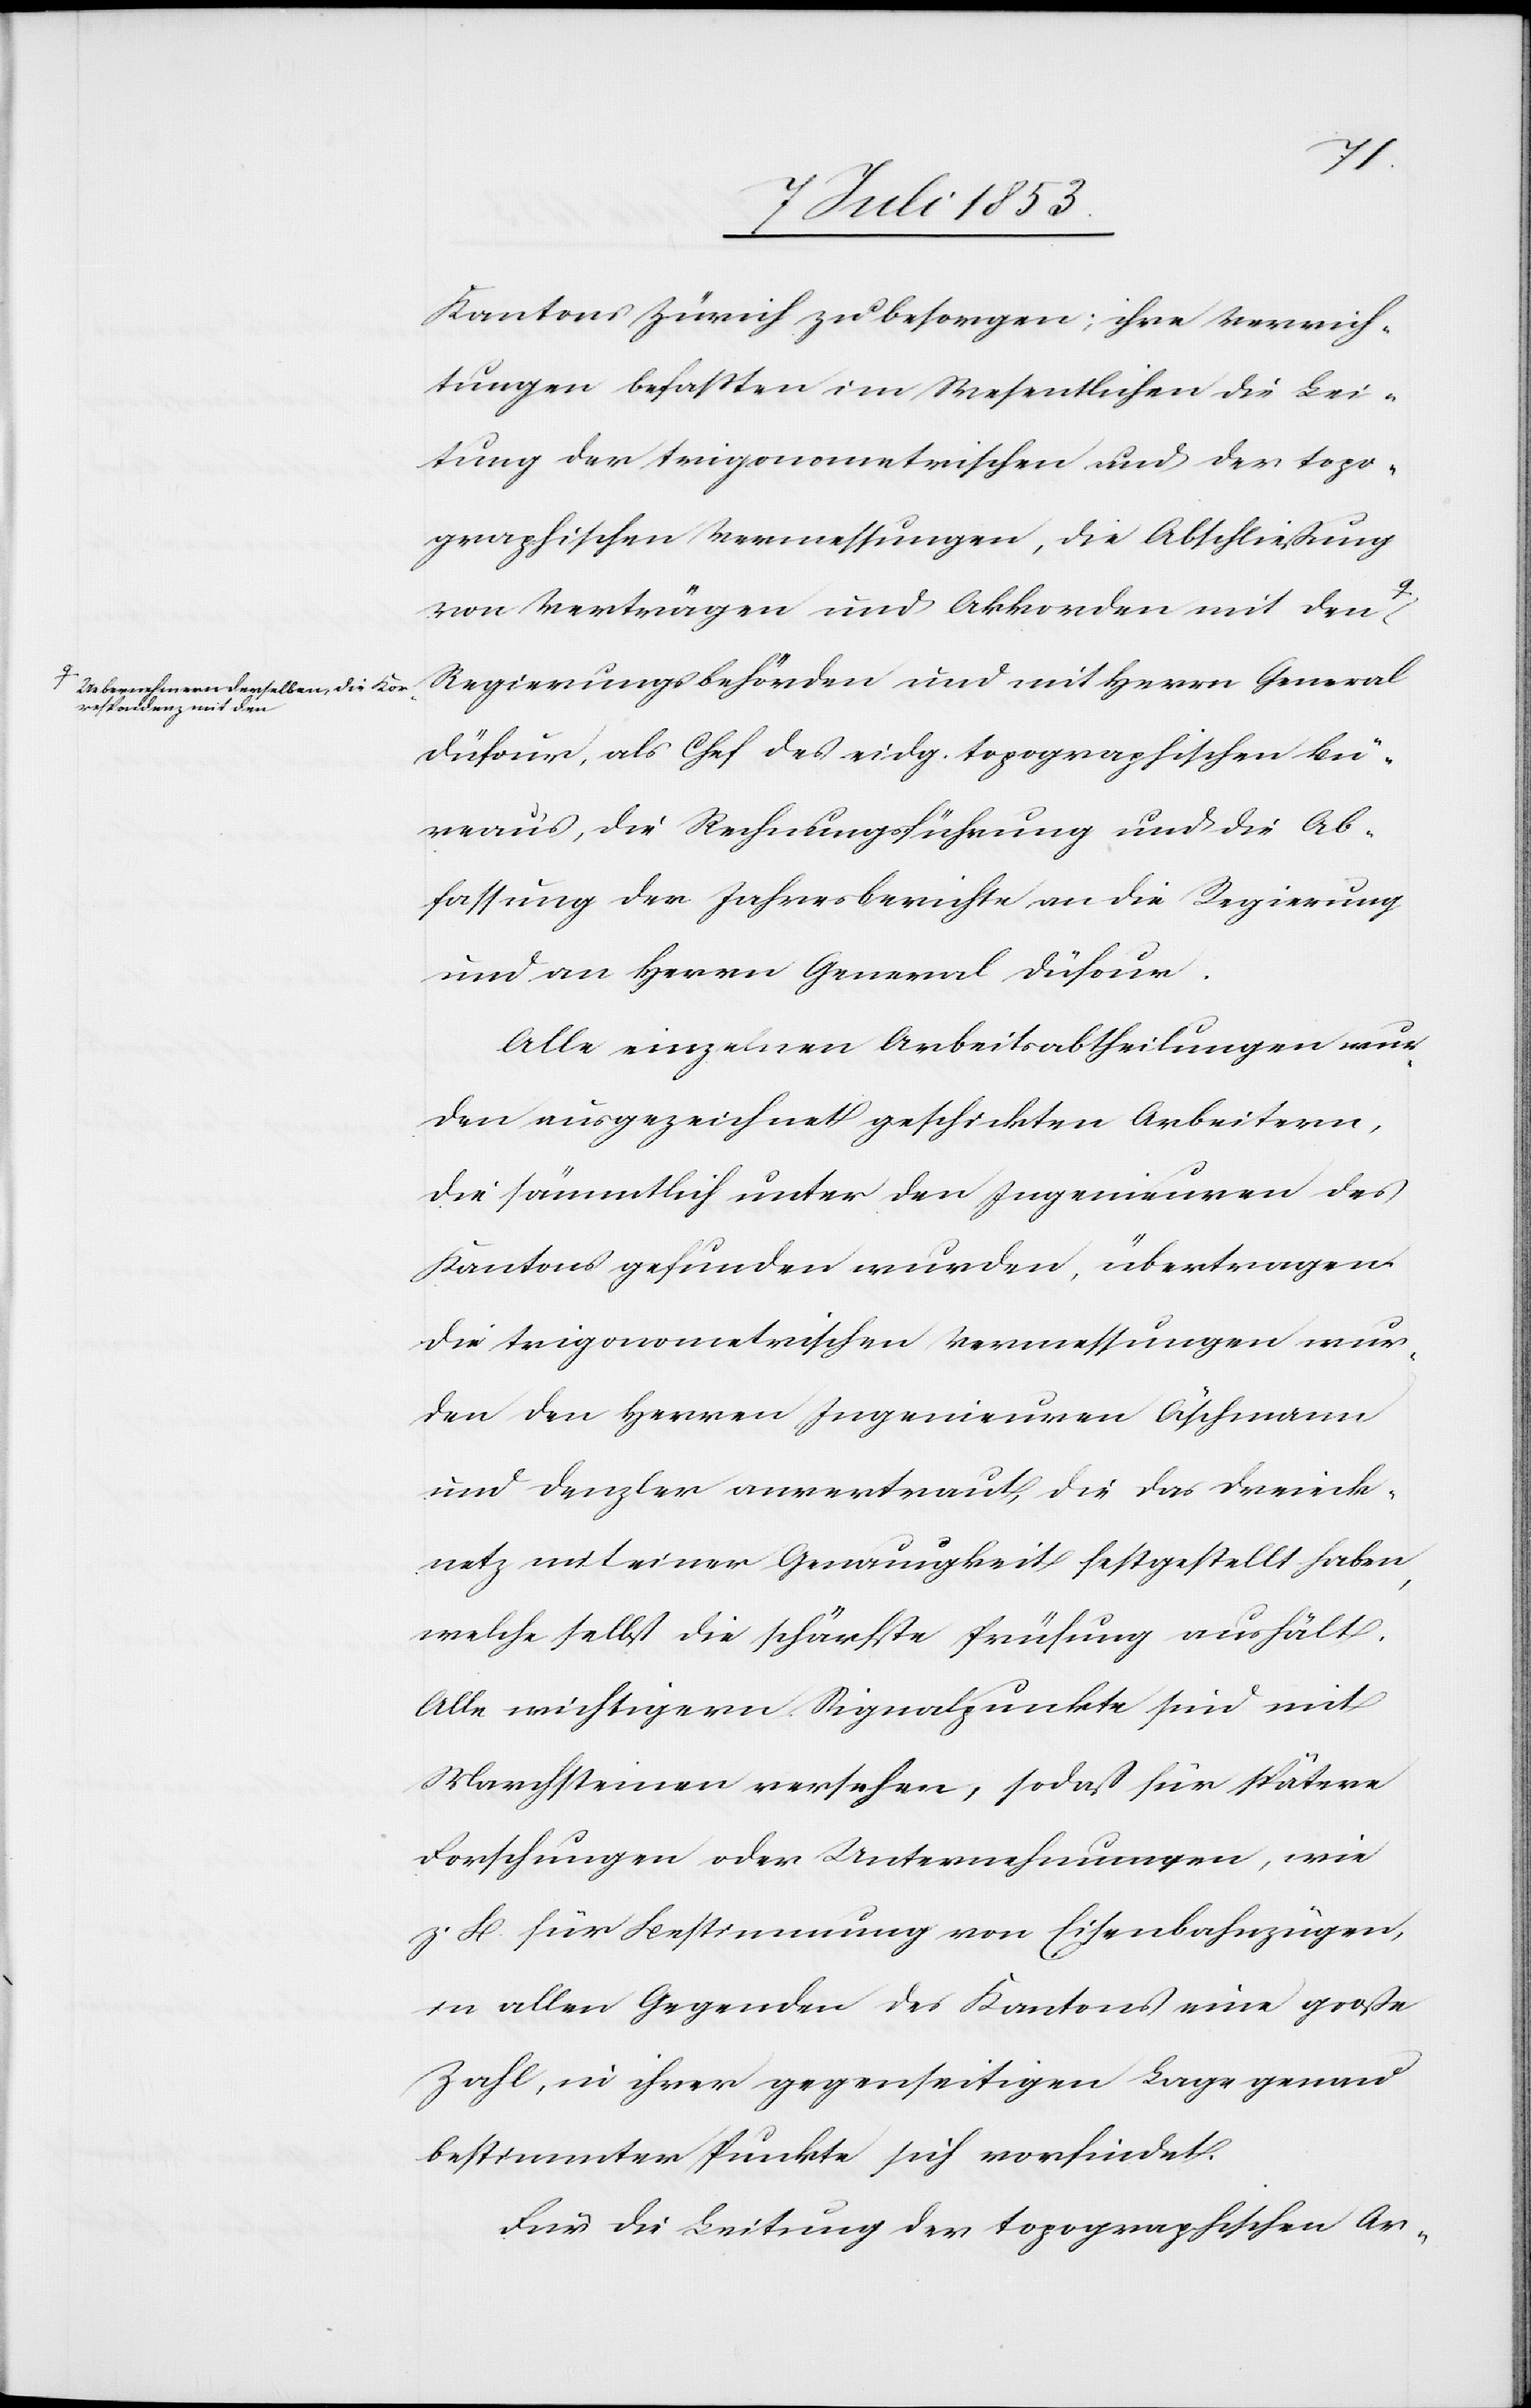
Uebernehmern derselben, die Kor¬
respondenz mit den

Kantons Zürich zu besorgen; ihre Verrich¬
tungen befaßten im Wesentlichen die Leis¬
tung der trigonometrischen und der topo¬
graphischen Vermessungen, die Abschließung
von Verträgen und Akkorden mit den
Regierungsbehörden und mit H[errn] General
Düfour, als Chef des eidg. topographischen Bü¬
raus, die Rechenführung und die Ab¬
fassung der Jahresberichte an die Regierung
und an Herrn General Düfour.
Alle einzelnen Arbeitsabtheilungen wur¬
den ausgezeichnet [und] geschickten Arbeitern,
die sämmtlich unter den Ingenieuren des
Kantons gefunden wurden, übertragen.
Die trigonometrischen Vermessungen wur¬
den den Herren Ingenieuren Äschmann
und Denzler anvertraut, die das Dreieck¬
netz mit einer Genauigkeit festgestellt haben,
welche selbst die schärfste Prüfung aushält.
nicht wichtigen Signalpunkte sind mit
Marchsteinen versehen, sodaß für spätere
Forschungen oder Unternehmungen, wie
z. B. für Bestimmung von Eisenbahnzügen,
in allen Gegenden des Kantons eine große
Zahl, in ihrer gegenseitigen Lage genau
bestimmten Punkte sich vorfindet.
Für die Leitung der topographischen Ar-